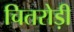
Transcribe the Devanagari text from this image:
चितरोड़ी